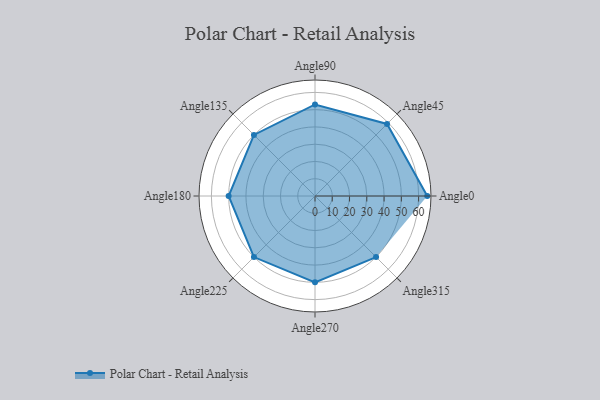
{"axis": {"x": "Angle", "y": "Radius"}, "legend": [""], "data": [{"x": "Angle0", "y": 65.0, "type": ""}, {"x": "Angle45", "y": 59.0, "type": ""}, {"x": "Angle90", "y": 53.0, "type": ""}, {"x": "Angle135", "y": 50, "type": ""}, {"x": "Angle180", "y": 50, "type": ""}, {"x": "Angle225", "y": 50, "type": ""}, {"x": "Angle270", "y": 50, "type": ""}, {"x": "Angle315", "y": 50, "type": ""}]}